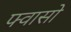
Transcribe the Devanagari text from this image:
फ्वासो